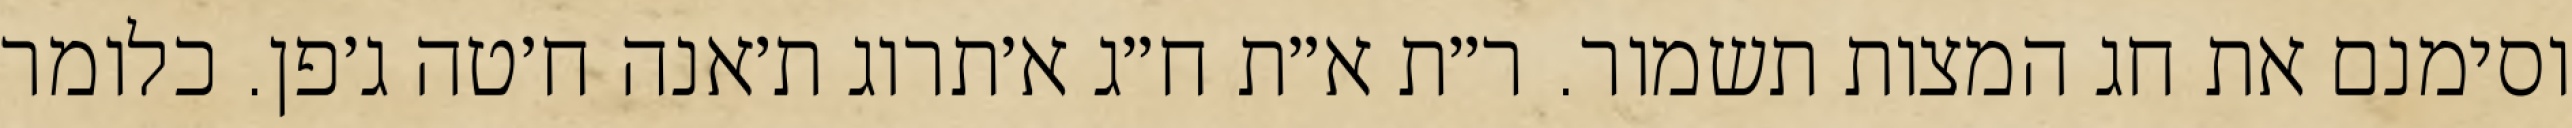
וסימנם את חג המצות תשמור. ר״ת א״ת ח״ג א׳תרוג ת׳אנה ח׳טה ג׳פן. כלומר